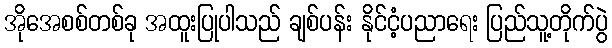
အိုအေစစ်တစ်ခု အထူးပြုပါသည် ချစ်ပန်း နိုင်ငံ့ပညာရေး ပြည်သူ့တိုက်ပွဲ